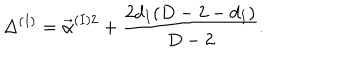
\Delta ^ { ( I ) } = \vec { \alpha } ^ { ( I ) 2 } + { \frac { 2 d _ { I } ( D - 2 - d _ { I } ) } { D - 2 } } .